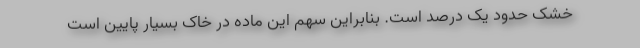
خشک حدود یک درصد است. بنابراین سهم این ماده در خاک بسیار پایین است